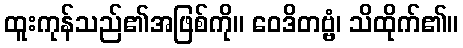
ထူးကုန်သည်၏အဖြစ်ကို။ ဝေဒိတဗ္ဗံ၊ သိထိုက်၏။